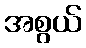
အစွယ်